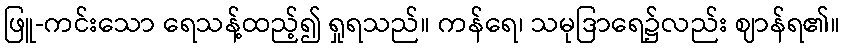
ဖြူ-ကင်းသော ရေသန့်ထည့်၍ ရှုရသည်။ ကန်ရေ၊ သမုဒြာရေ၌လည်း ဈာန်ရ၏။